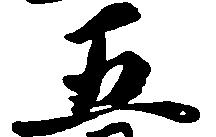
五